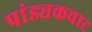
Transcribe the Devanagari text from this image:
पांड्यकवाट